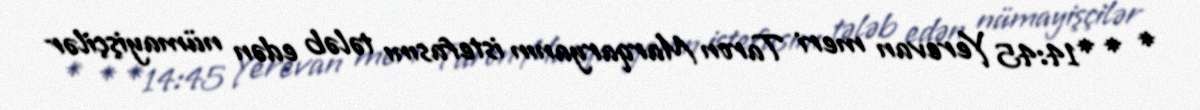
* * *14:45 Yerevan meri Taron Marqaryanın istefasını tələb edən nümayişçilər